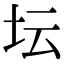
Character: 坛